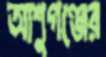
আশুগঞ্জের